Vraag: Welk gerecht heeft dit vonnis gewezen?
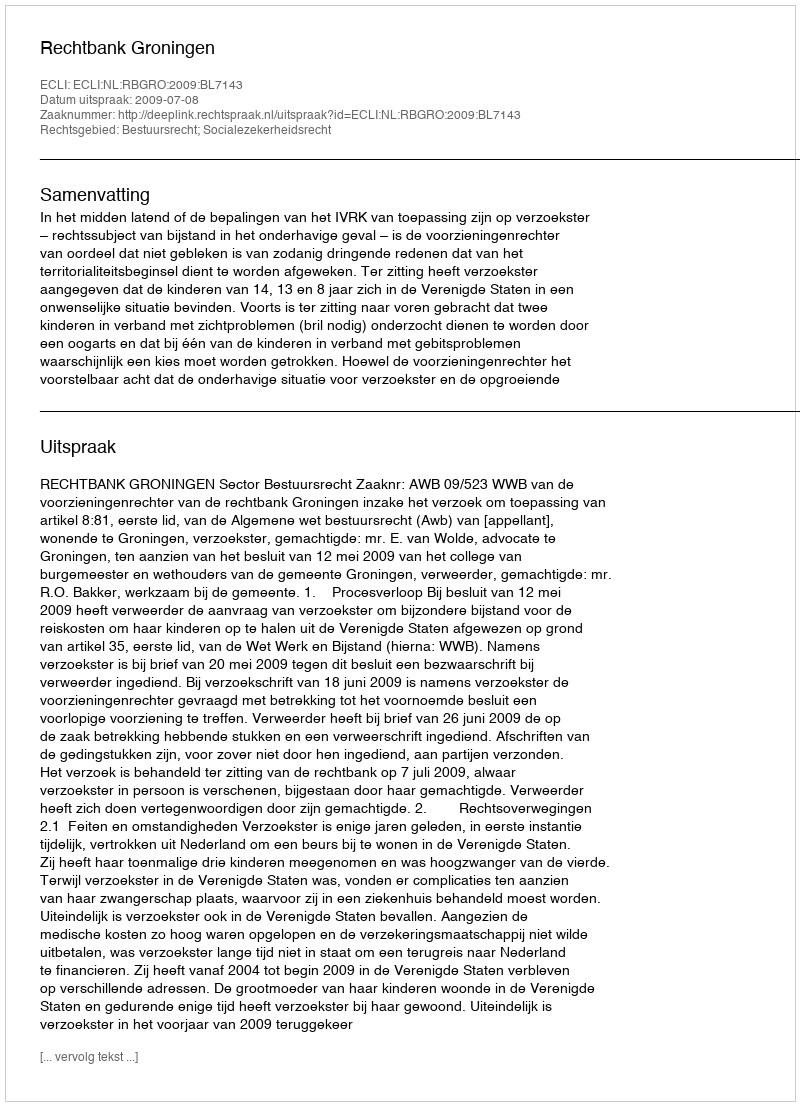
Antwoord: Rechtbank Groningen